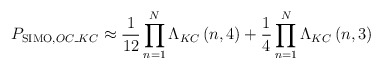
\begin{align*}{{P}_{\operatorname{SIMO},OC\_KC}}\approx \frac{1}{12}\prod\limits_{n=1}^{N}{{{\Lambda }_{KC}}\left( n,4 \right)}+\frac{1}{4}\prod\limits_{n=1}^{N}{{{\Lambda }_{KC}}\left( n,3 \right)}\end{align*}